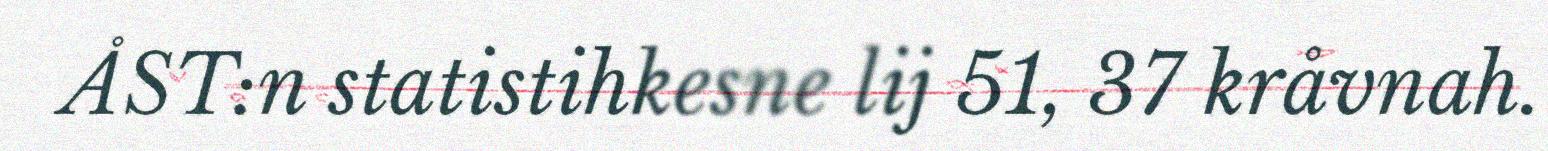
ÅST:n statistihkesne lij 51, 37 kråvnah.